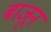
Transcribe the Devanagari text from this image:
बाजूनं